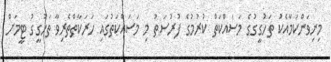
މިނިވަންކަމާއެކު ތަހުގީގުގެ މަސައްކަތް ކުރުމުގެ ފުރުސަތު މި މަސައްކަތުގައި ހަރަކާތްތެރިވާ ތަހުގީގު ޓީމަށް